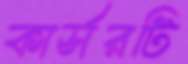
কার্সরটি